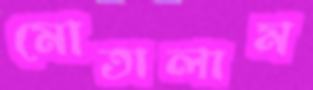
মোতালাম